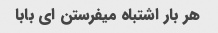
هر بار اشتباه میفرستن ای بابا